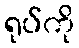
ရုပ်ကို